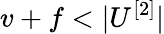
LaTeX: v+f<|U^{[2]}|